Civil Veterinary Dept. Bombay admin report 1932-41 - 1932-1941
Year: 1932
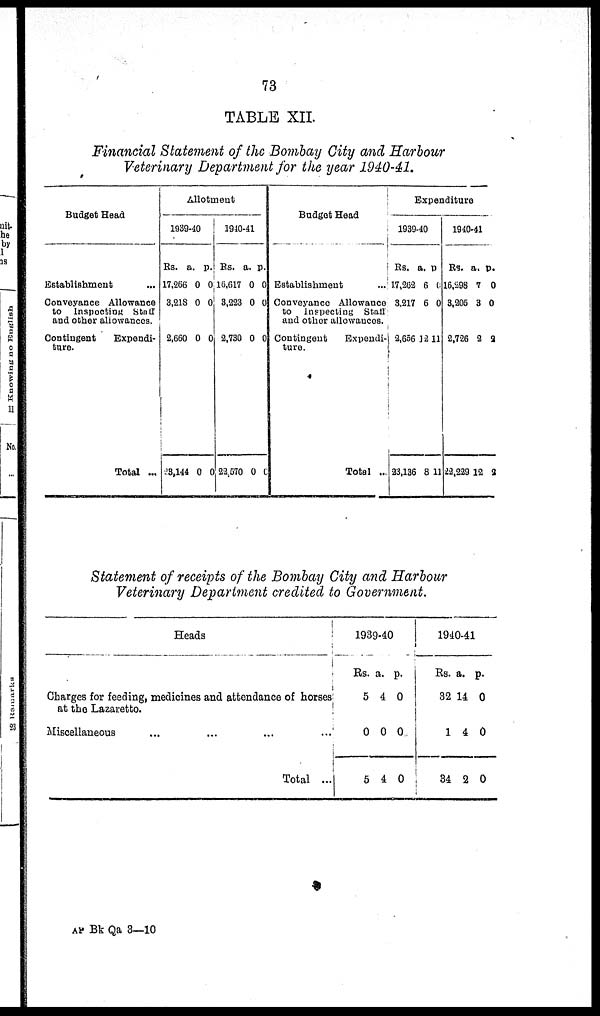
73
TABLE XII.
Financial Statement of the Bombay City and Harbour
Veterinary Department for the year 1940-41.
Budget Head
Establishment ...
Conveyance Allowance
to Inspecting Staff
and other allowances.
Contingent
Expendi-
ture.
Total ...
Allotment
1939-40
Rs.
17,266
3,218
2,660
23,144
a.
0
0
0
0
p.
0
0
0
0
1940-41
Rs.
16,617
3,223
2,730
22,570
a.
0
0
0
0
p.
0
0
0
0
Budget Head
Establishment ...
Conveyance Allowance
to Inspecting Staff
and other allowances.
Contingent
Expendi-
ture.
Total ...
Expenditure
1939-40
Rs.
17,262
3,217
2,656
23,136
a.
6
6
12
8
p
0
0
11
11
1940-41
Rs.
16,298
3,205
2,726
22,229
a.
7
3
2
12
p.
0
0
2
2
Statement of receipts of the Bombay City and Harbour
Veterinary Department credited to Government.
Heads
Charges for feeding, medicines and attendance of horses
at the Lazaretto.
Miscellaneous ... ... ... ...
Total ...
1939-40
Rs.
5
0
5
a.
4
0
4
p.
0
0
0
1940-41
Rs.
82
1
84
a.
14
4
2
p.
0
0
0